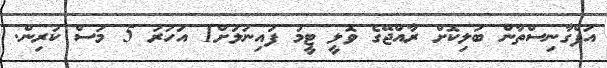
އަފްގާނިސްތާން ބަލިކޮށް ރާއްޖޭގެ ވޮލީ ޓީމު ފައިނަލަށް1 އަހަރު 5 މަސް ކުރިން.